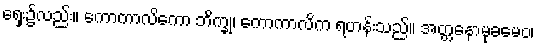
ရှေး၌လည်း။ ကောကာလိကော ဘိက္ခု၊ ကောကာလိက ရဟန်းသည်။ အတ္တနောမုခမေဝ၊